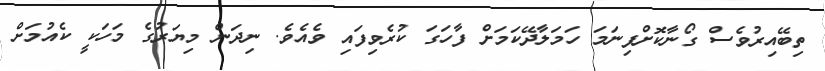
ތިބޭއިރުވެސް ގޯނާކޮށްފިނަމަ ހަމަލާދޭކަމަށް ފާހަގަ ކުރެވިފައި ވެއެވެ. ނިދަން މިޔަރުގެ މަހަކީ ކެއުމަށް